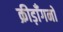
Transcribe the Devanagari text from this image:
क्रीड़ाँगनो